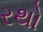
રથો